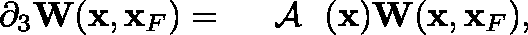
\begin{array} { r } { \partial _ { 3 } { \bf W } ( { \bf x } , { \bf x } _ { F } ) = { { \mathrm { ~ \boldmath ~ { ~ \cal ~ A ~ } ~ } } } ( { \bf x } ) { \bf W } ( { \bf x } , { \bf x } _ { F } ) , } \end{array}